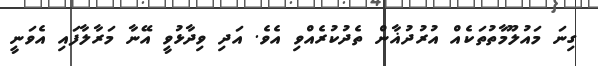
ގިނަ މައުލޫމާތުތަކެއް އުރުދުޣާން ތެދުކުރެއްވި އެވެ. އަދި ވިދާޅުވީ އޭނާ މަރާލާފައި އެވަނީ